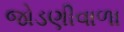
જોડણીવાળા